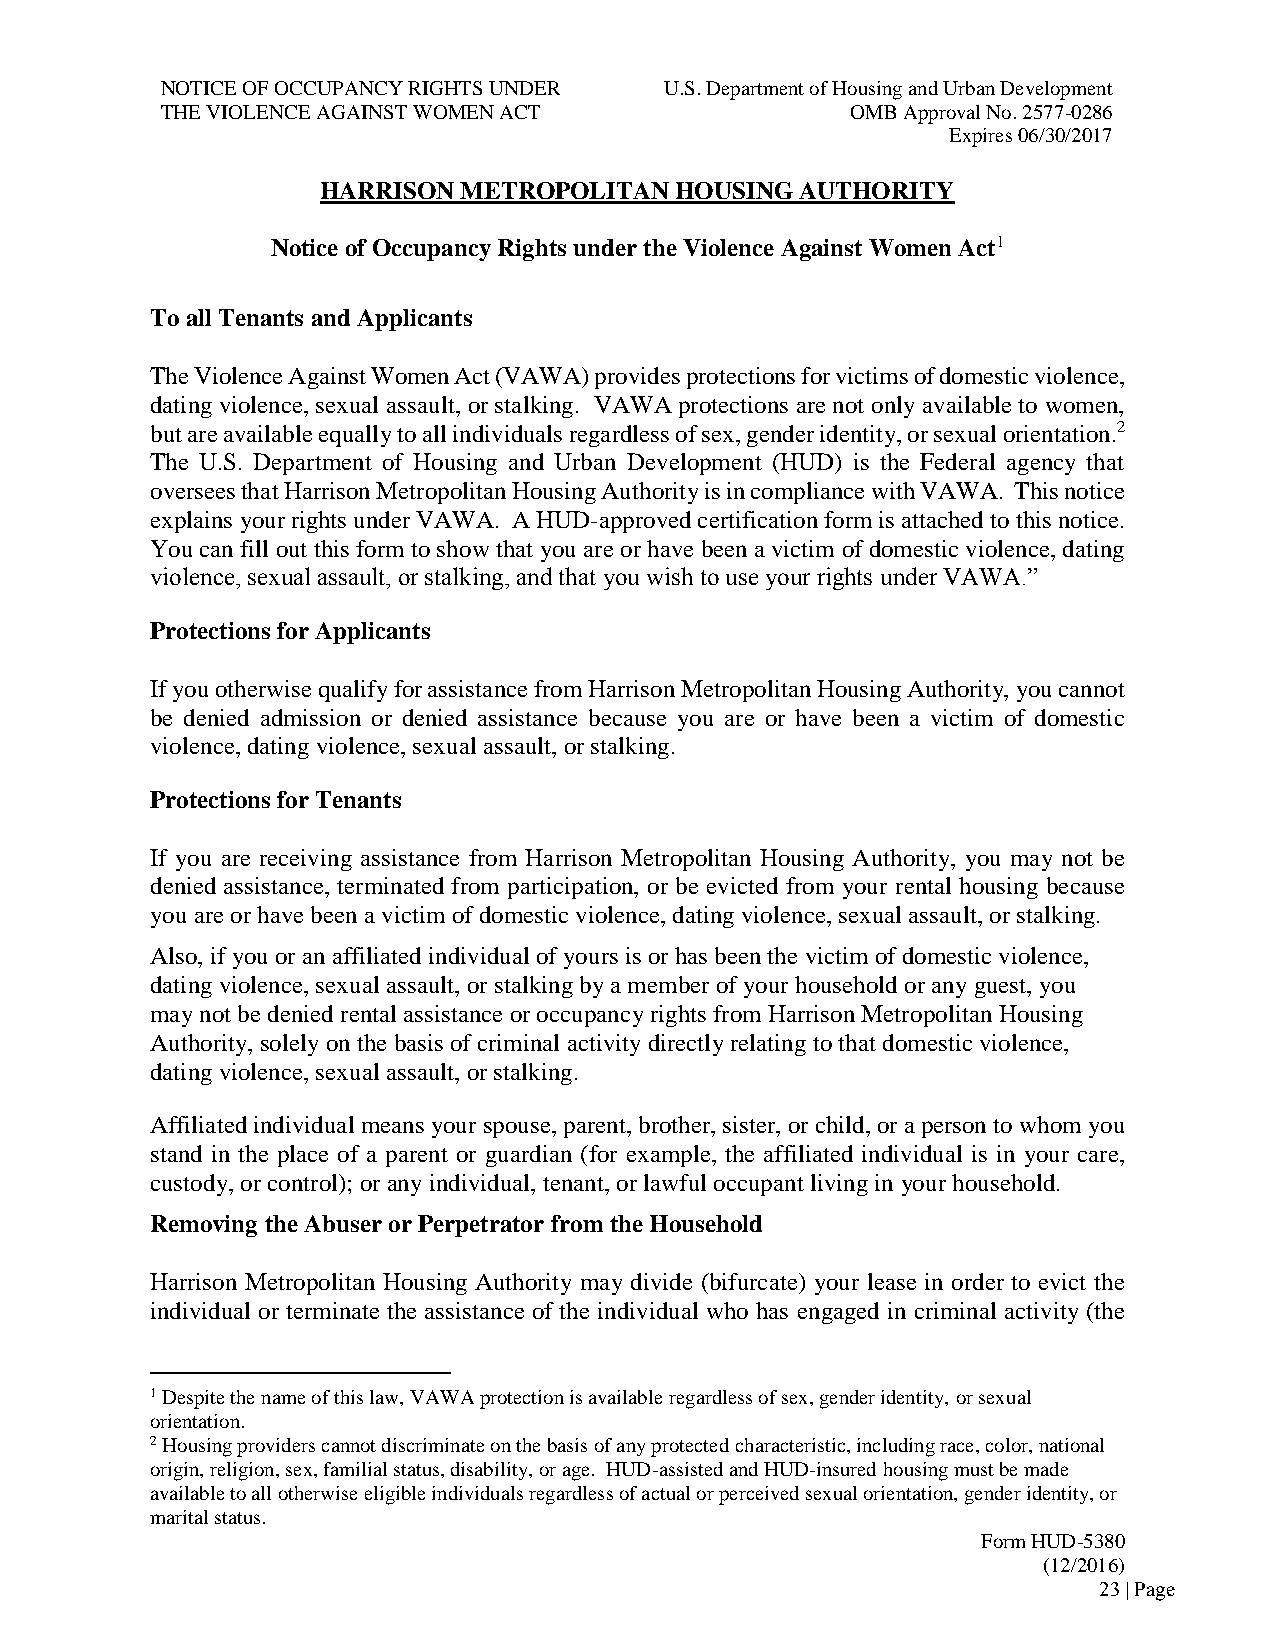
NOTICE OF OCCUPANCY RIGHTS UNDER U.S. Department of Housing and Urban Development
 THE VIOLENCE AGAINST WOMEN ACT               OMB Approval No. 2577-0286
 Expires 06/30/2017
 HARRISON  METROPOLITAN  HOUSING AUTHORITY
 Notice of Occupancy Rights under the Violence Against Women Act1
 To all Tenants and Applicants
 The Violence Against Women Act (VAWA) provides protections for victims of domestic violence,
 dating violence, sexual assault, or stalking. VAWA protections are not only available to women,
 but are available equally to all individuals regardless of sex, gender identity, or sexual orientation.2
 The U.S. Department of Housing and Urban Development (HUD) is the Federal agency that
 oversees that Harrison Metropolitan Housing Authority is in compliance with VAWA. This notice
 explains your rights under VAWA. A HUD-approved certification form is attached to this notice.
 You can fill out this form to show that you are or have been a victim of domestic violence, dating
 violence, sexual assault, or stalking, and that you wish to use your rights under VAWA.”
 Protections for Applicants
 If you otherwise qualify for assistance from Harrison Metropolitan Housing Authority, you cannot
 be denied admission or denied assistance because you are or have been a victim of domestic
 violence, dating violence, sexual assault, or stalking.
 Protections for Tenants
 If you are receiving assistance from Harrison Metropolitan Housing Authority, you may not be
 denied assistance, terminated from participation, or be evicted from your rental housing because
 you are or have been a victim of domestic violence, dating violence, sexual assault, or stalking.
 Also, if you or an affiliated individual of yours is or has been the victim of domestic violence,
 dating violence, sexual assault, or stalking by a member of your household or any guest, you
 may not be denied rental assistance or occupancy rights from Harrison Metropolitan Housing
 Authority, solely on the basis of criminal activity directly relating to that domestic violence,
 dating violence, sexual assault, or stalking.
 Affiliated individual means your spouse, parent, brother, sister, or child, or a person to whom you
 stand in the place of a parent or guardian (for example, the affiliated individual is in your care,
 custody, or control); or any individual, tenant, or lawful occupant living in your household.
 Removing the Abuser or Perpetrator from the Household
 Harrison Metropolitan Housing Authority may divide (bifurcate) your lease in order to evict the
 individual or terminate the assistance of the individual who has engaged in criminal activity (the
 1 Despite the name of this law, VAWA protection is available regardless of sex, gender identity, or sexual
 orientation.
 2 Housing providers cannot discriminate on the basis of any protected characteristic, including race, color, national
 origin, religion, sex, familial status, disability, or age. HUD-assisted and HUD-insured housing must be made
 available to all otherwise eligible individuals regardless of actual or perceived sexual orientation, gender identity, or
 marital status.
 Form HUD-5380
 (12/2016)
 23 | Page